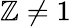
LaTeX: \mathbb{Z}\neq1